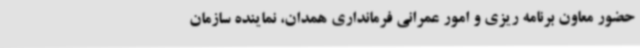
حضور معاون برنامه ریزی و امور عمرانی فرمانداری همدان، نماینده سازمان